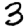
Digit: 3